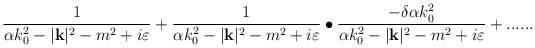
\begin{align*}\frac{1}{\alpha k_{0}^{2}-|\mathbf{k}|^{2}-m^{2}+i\varepsilon }+\frac{1}{\alpha k_{0}^{2}-|\mathbf{k}|^{2}-m^{2}+i\varepsilon }\bullet \frac{-\delta \alpha k^{2}_{0}}{\alpha k_{0}^{2}-|\mathbf{k}|^{2}-m^{2}+i\varepsilon }+......\end{align*}